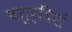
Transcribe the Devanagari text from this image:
चतुर्दिशं